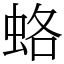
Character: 蛒